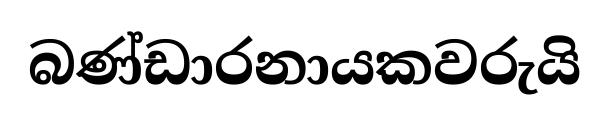
බණ්ඩාරනායකවරුයි